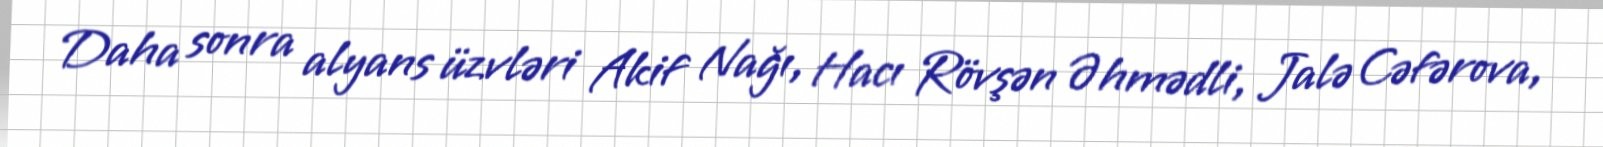
Daha sonra alyans üzvləri Akif Nağı, Hacı Rövşən Əhmədli, Jalə Cəfərova,